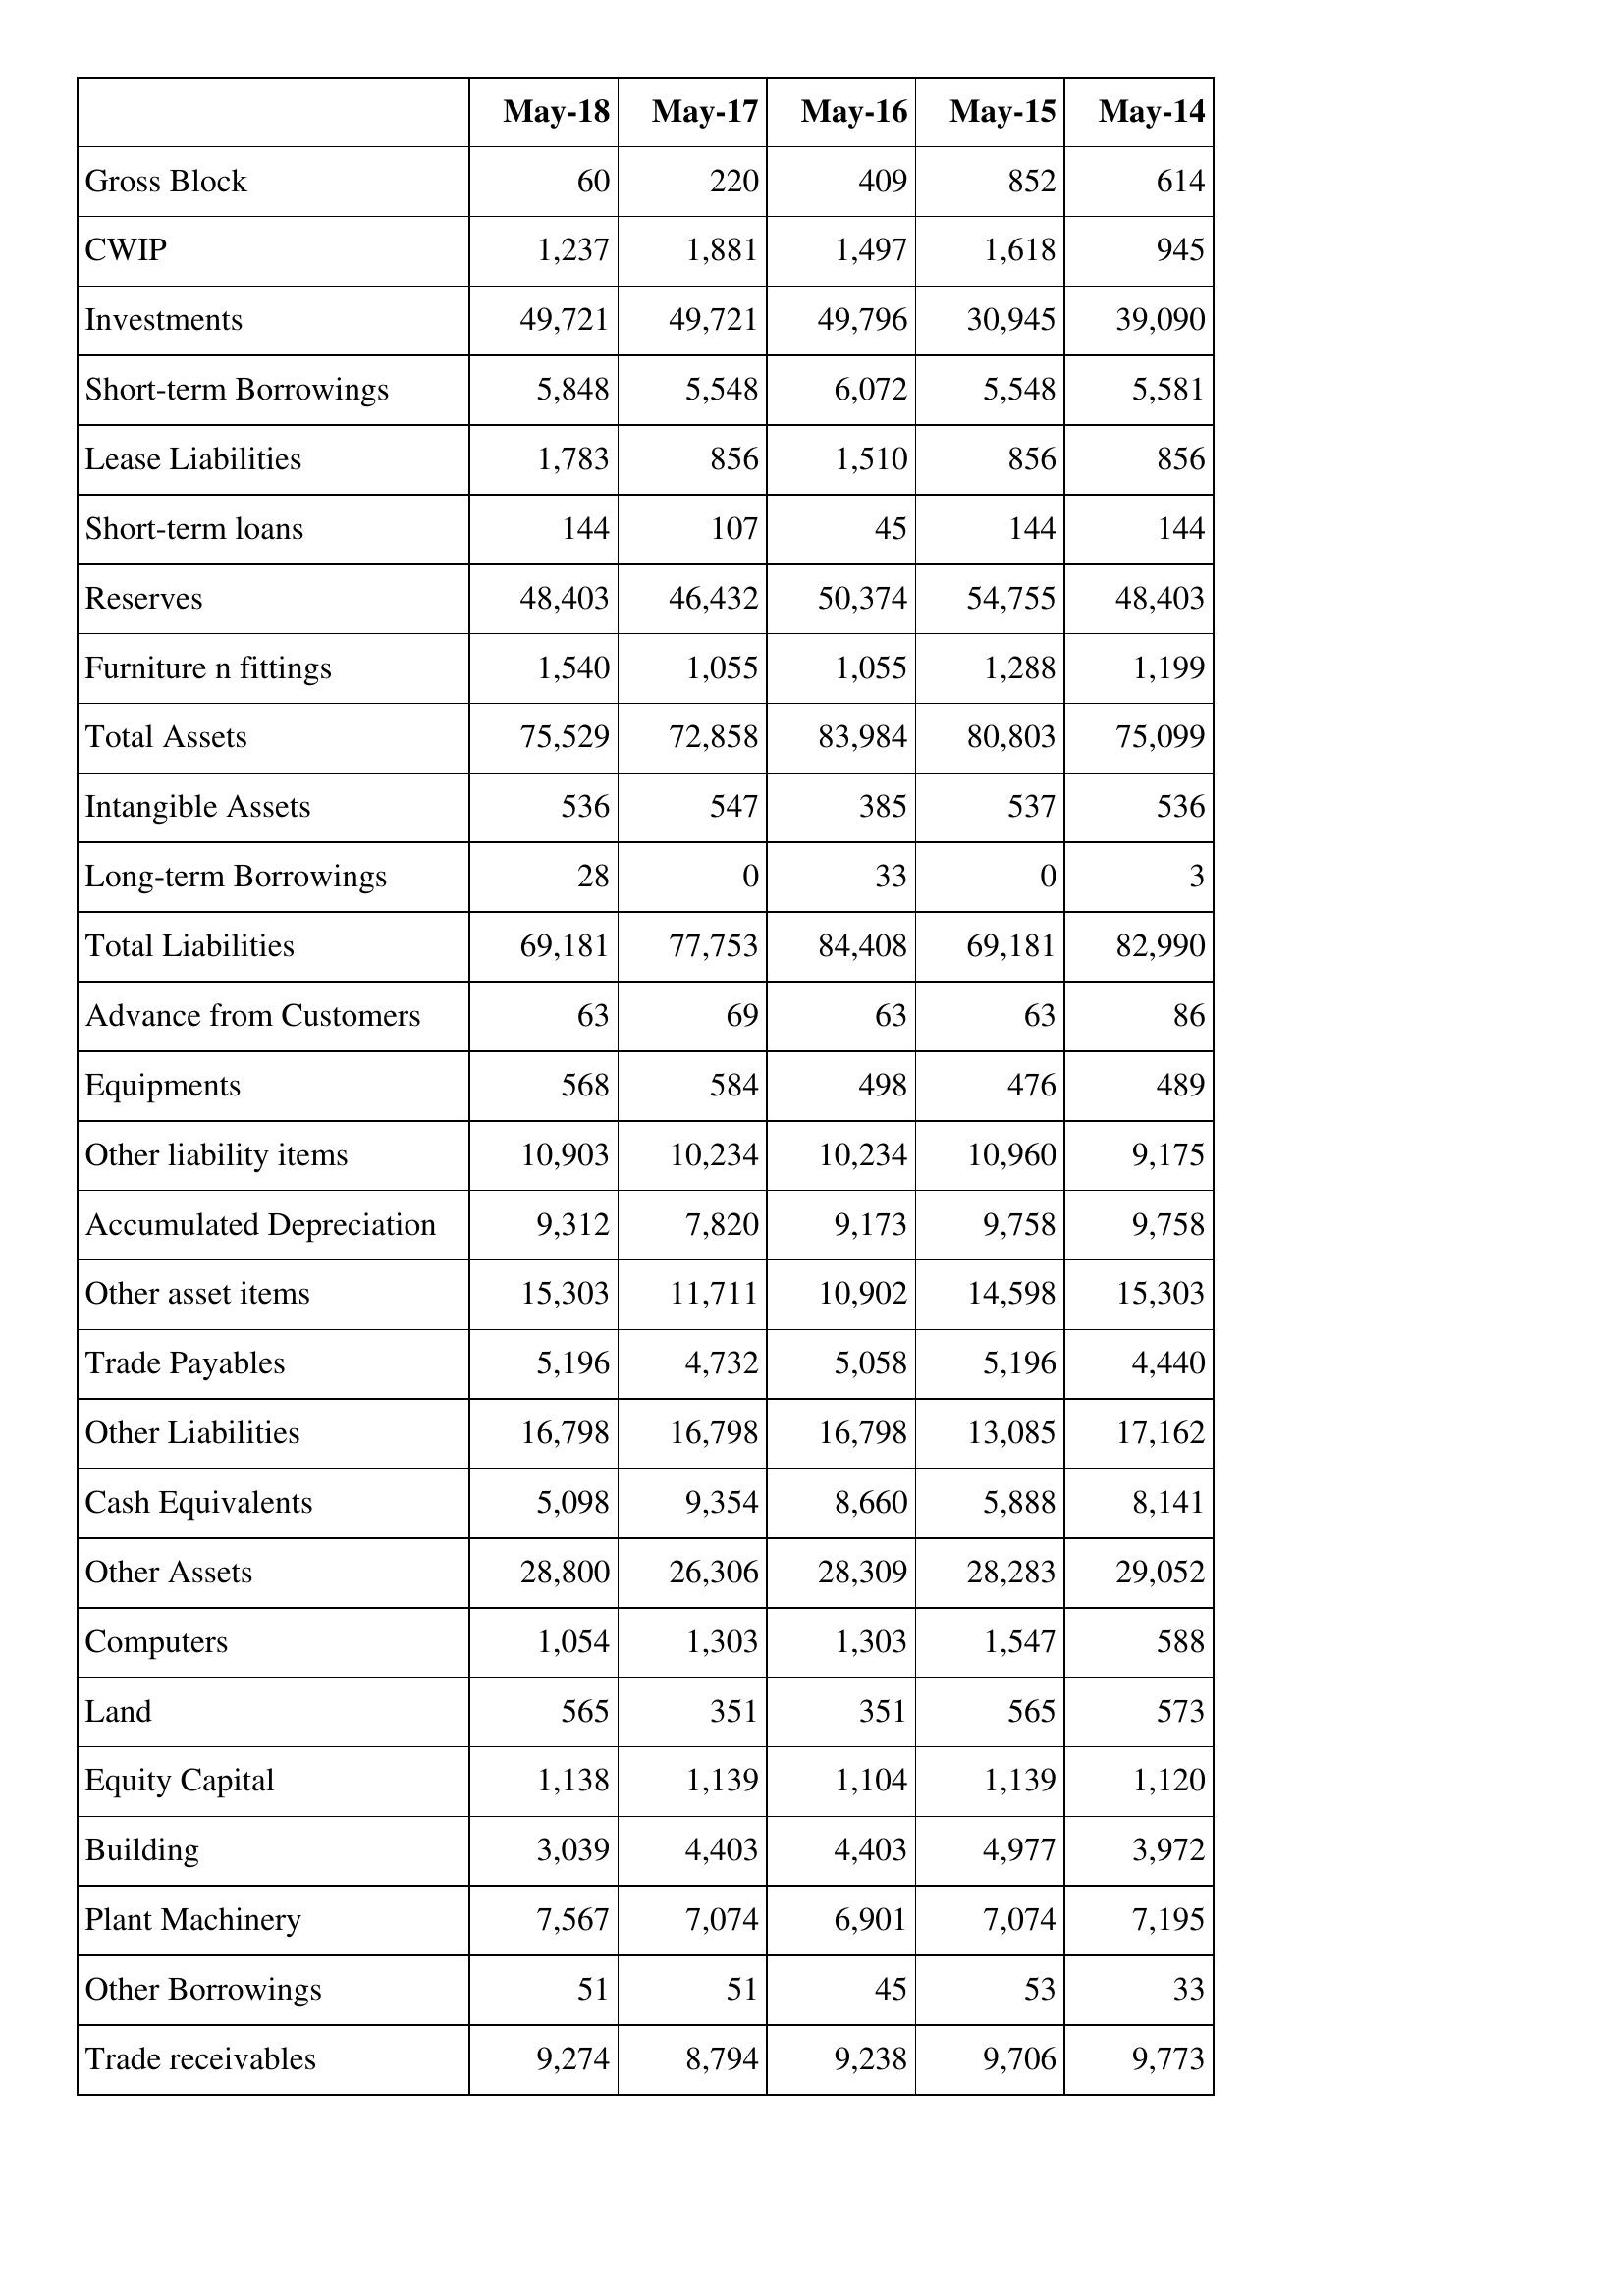
May-18: Balance Sheet: Gross Block: 60
CWIP: 1,237
Investments: 49,721
Short-term Borrowings: 5,848
Lease Liabilities: 1,783
Short-term loans: 144
Reserves: 48,403
Furniture n fittings: 1,540
Total Assets: 75,529
Intangible Assets: 536
Long-term Borrowings: 28
Total Liabilities: 69,181
Advance from Customers: 63
Equipments: 568
Other liability items: 10,903
Accumulated Depreciation: 9,312
Other asset items: 15,303
Trade Payables: 5,196
Other Liabilities: 16,798
Cash Equivalents: 5,098
Other Assets: 28,800
Computers: 1,054
Land: 565
Equity Capital: 1,138
Building: 3,039
Plant Machinery: 7,567
Other Borrowings: 51
Trade receivables: 9,274
May-17: Balance Sheet: Gross Block: 220
CWIP: 1,881
Investments: 49,721
Short-term Borrowings: 5,548
Lease Liabilities: 856
Short-term loans: 107
Reserves: 46,432
Furniture n fittings: 1,055
Total Assets: 72,858
Intangible Assets: 547
Long-term Borrowings: 0
Total Liabilities: 77,753
Advance from Customers: 69
Equipments: 584
Other liability items: 10,234
Accumulated Depreciation: 7,820
Other asset items: 11,711
Trade Payables: 4,732
Other Liabilities: 16,798
Cash Equivalents: 9,354
Other Assets: 26,306
Computers: 1,303
Land: 351
Equity Capital: 1,139
Building: 4,403
Plant Machinery: 7,074
Other Borrowings: 51
Trade receivables: 8,794
May-16: Balance Sheet: Gross Block: 409
CWIP: 1,497
Investments: 49,796
Short-term Borrowings: 6,072
Lease Liabilities: 1,510
Short-term loans: 45
Reserves: 50,374
Furniture n fittings: 1,055
Total Assets: 83,984
Intangible Assets: 385
Long-term Borrowings: 33
Total Liabilities: 84,408
Advance from Customers: 63
Equipments: 498
Other liability items: 10,234
Accumulated Depreciation: 9,173
Other asset items: 10,902
Trade Payables: 5,058
Other Liabilities: 16,798
Cash Equivalents: 8,660
Other Assets: 28,309
Computers: 1,303
Land: 351
Equity Capital: 1,104
Building: 4,403
Plant Machinery: 6,901
Other Borrowings: 45
Trade receivables: 9,238
May-15: Balance Sheet: Gross Block: 852
CWIP: 1,618
Investments: 30,945
Short-term Borrowings: 5,548
Lease Liabilities: 856
Short-term loans: 144
Reserves: 54,755
Furniture n fittings: 1,288
Total Assets: 80,803
Intangible Assets: 537
Long-term Borrowings: 0
Total Liabilities: 69,181
Advance from Customers: 63
Equipments: 476
Other liability items: 10,960
Accumulated Depreciation: 9,758
Other asset items: 14,598
Trade Payables: 5,196
Other Liabilities: 13,085
Cash Equivalents: 5,888
Other Assets: 28,283
Computers: 1,547
Land: 565
Equity Capital: 1,139
Building: 4,977
Plant Machinery: 7,074
Other Borrowings: 53
Trade receivables: 9,706
May-14: Balance Sheet: Gross Block: 614
CWIP: 945
Investments: 39,090
Short-term Borrowings: 5,581
Lease Liabilities: 856
Short-term loans: 144
Reserves: 48,403
Furniture n fittings: 1,199
Total Assets: 75,099
Intangible Assets: 536
Long-term Borrowings: 3
Total Liabilities: 82,990
Advance from Customers: 86
Equipments: 489
Other liability items: 9,175
Accumulated Depreciation: 9,758
Other asset items: 15,303
Trade Payables: 4,440
Other Liabilities: 17,162
Cash Equivalents: 8,141
Other Assets: 29,052
Computers: 588
Land: 573
Equity Capital: 1,120
Building: 3,972
Plant Machinery: 7,195
Other Borrowings: 33
Trade receivables: 9,773